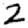
Digit: 2